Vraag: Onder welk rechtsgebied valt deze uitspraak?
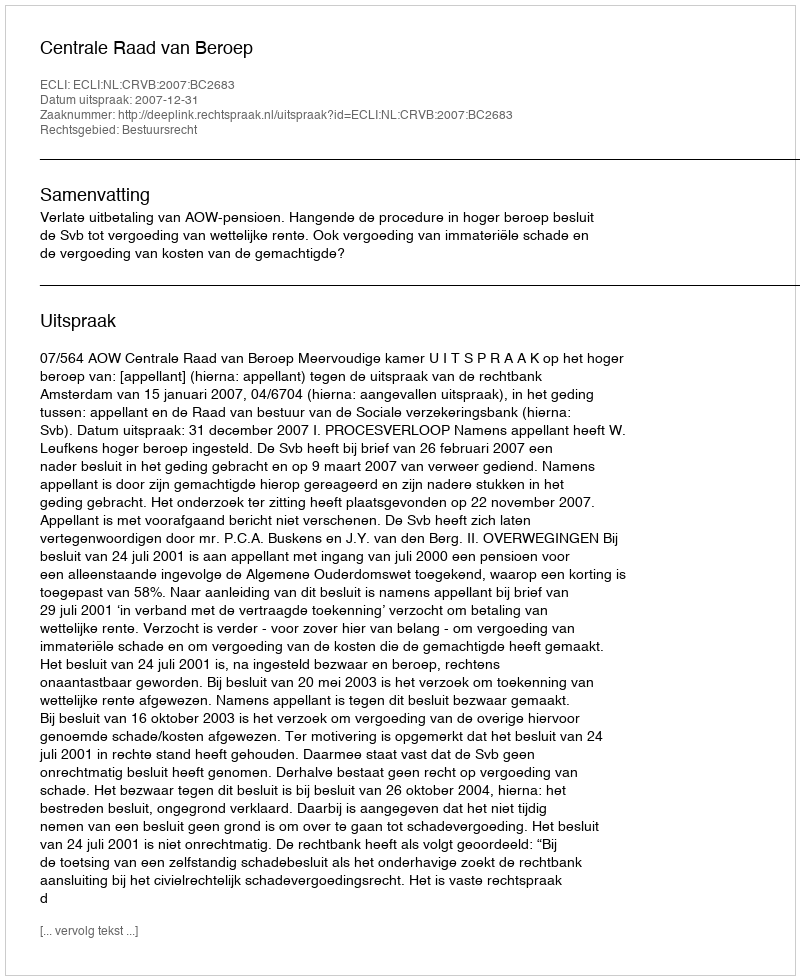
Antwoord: Bestuursrecht